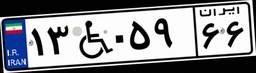
۱۳W۰۵۹۶۶